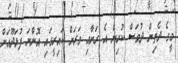
މީގެ ދެތިން ދުވަސް ކުރިން އެ ރަށާއި ވަރަށް ކައިރީގައި އޮންނަ ފުޅަދޫއަށް